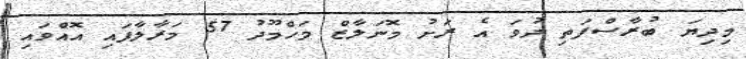
މިދިޔަ ބުރާސްފަތި ދުވަ އެ ރަށު މޮނަލާޒް މަހްމޫދު 57 މަރާލާފައި އޮއްވައި